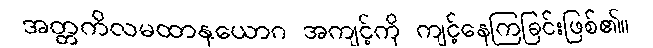
အတ္တကိလမထာနုယောဂ အကျင့်ကို ကျင့်နေကြခြင်းဖြစ်၏။